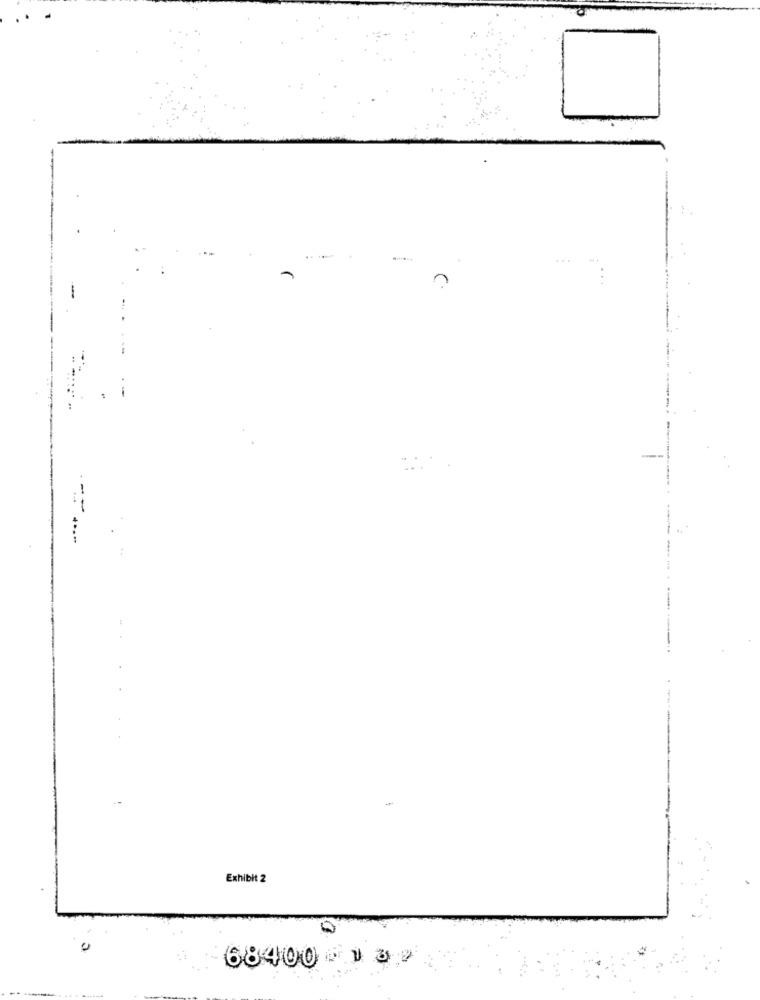
Exhibit 2
68400 137